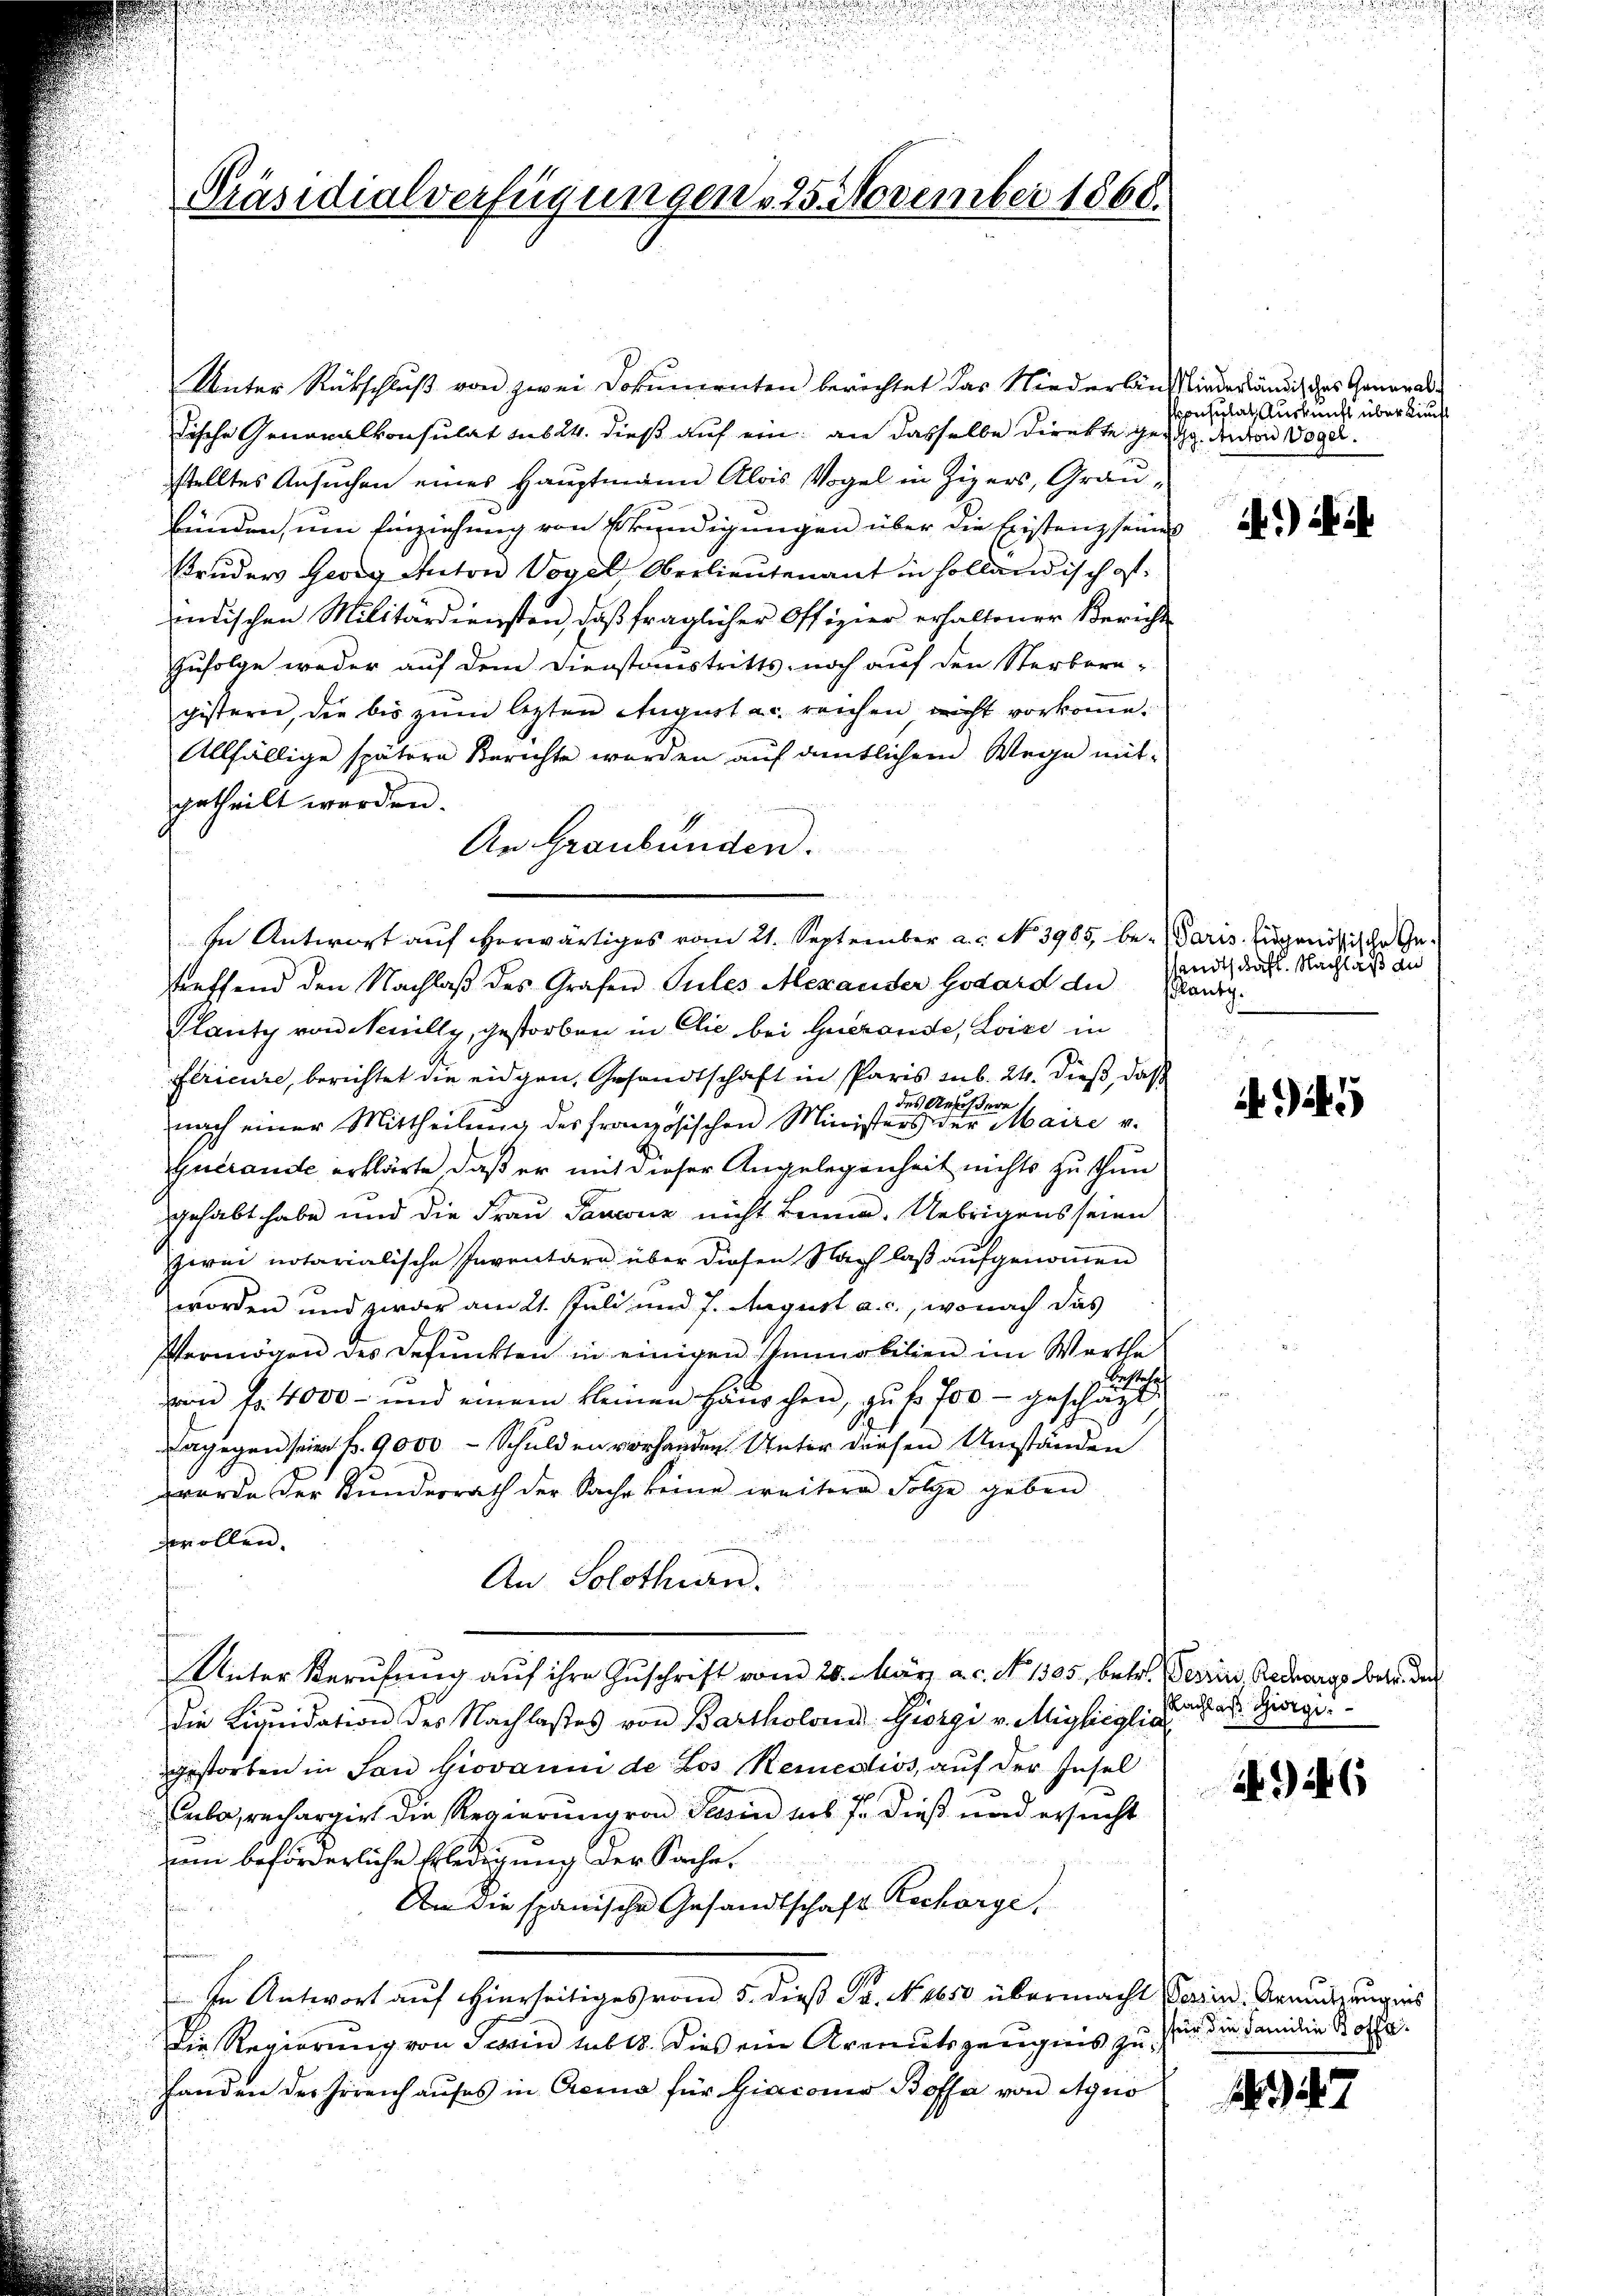
Präsidialverfügungen . 25. November 1868.

Unter Rückschluß von zwei Dokumenten berichtet das Niederlän
dische Generalkonsulat sub 24. dieß auf ein an dasselbe direkte ge
sstelltes Ansuchen eines Hauptmann Alois Vogel in Zizers, Graubünden, um Einziehung von Kündigungen über die Existenz seine
Bruder Georg Anton Vogel Oberlieutenant in holländisch ist.
indischen Militärdiensten, daß fraglicher Offizier erhaltener Bericht
Zufolge weder auf dem Dienstaustritts- noch auf den Sterborn-
gistern, die bis zum letzten August ac. reichen nicht vorkoṁe.
Allfällige spätern Berichte werden auf dentlichem Wege mit-
getheilt werden.
An Graubünden.
treffend den Nachlaß des Grafen Pules Alexander Godard die
Planty von Neuilly, gestorben in Clić bei Guerande, Loise in
flricure, berichtet die eidgen, Gesandtschaft in Paris sub. 24. dieß, daß
 des Anhöhere
nach einer Mittheilung des französischen Ministers der Maire v.
Gutrande erklärte, daß er mit dieser Angelegenheit nichts zu thun
gehabt habe und die Frau Sanenz nicht keine. Uebrigens seien
zwei notarialische Inventare über diesen Nach laß aufgenommen
worden und zwar am 21. Juli und 7. August a. c., wonach das
Vermögen des Defunkten in einigen Immobilien im Werthe
von Fr. 4000 - und einem kleinen Häuschen, zŭ fr. 700 - geschä
dagegen seien fr. 9000 Schulden vorhanden Unter diesen Umständen
wurde der Kunderrath der Sache keine weitere Folge geben

zwollen.
An Solothurn.
Unter Berufung auf ihre Zuschrift vom 20. März a.c. No 1305, betr. Perrin Recharge betr. der
Die Liquidation des Nachlaßes von Bartholona Giorgi v. Migliiglic
gestorben in Son Giovanni de Los Remedios, auf der Insel
ube, rechargirt die Regierung von Stein sol. 7. dieß und ersucht
nen beförderliche Erledigung der Sache.
An die spanische Gesandtschaft Recharge,
In Antwort auf hierseitiges vom 5. dieß Fr. No. 1650 übermacht darin Arnutzungens
Die Regierung von Tessin subt. Dies ein Armutszeugnis zu¬
Handen der Erreich aufes in Cremo für Giaconio Boffe von Agno

In Antwort auf herwärtiges vom 21. September a.c. No 3965, be-Paris genössische Ge¬

Miederländisches General¬
Ponsulat, Auskunft über künft
Jg. Anton Vogel.

1) als i

andtschaft. Nachlaß an
solantg.

45

Nachlaß Giorgi

i. d. 6

für die Familie Boffe.

247